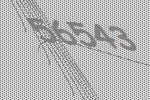
56543